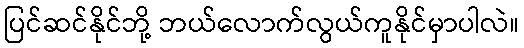
ပြင်ဆင်နိုင်ဘို့ ဘယ်လောက်လွယ်ကူနိုင်မှာပါလဲ။